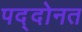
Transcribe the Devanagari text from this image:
पद्दोनत